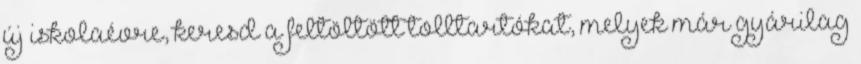
új iskolaévre, keresd a feltöltött tolltartókat, melyek már gyárilag